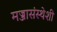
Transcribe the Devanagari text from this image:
मज्जासंस्थेशी